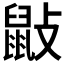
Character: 𪔿